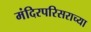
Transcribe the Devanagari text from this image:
मंदिरपरिसराच्या